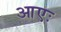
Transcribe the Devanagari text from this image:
आएः